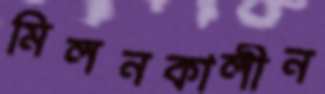
মিলনকালীন